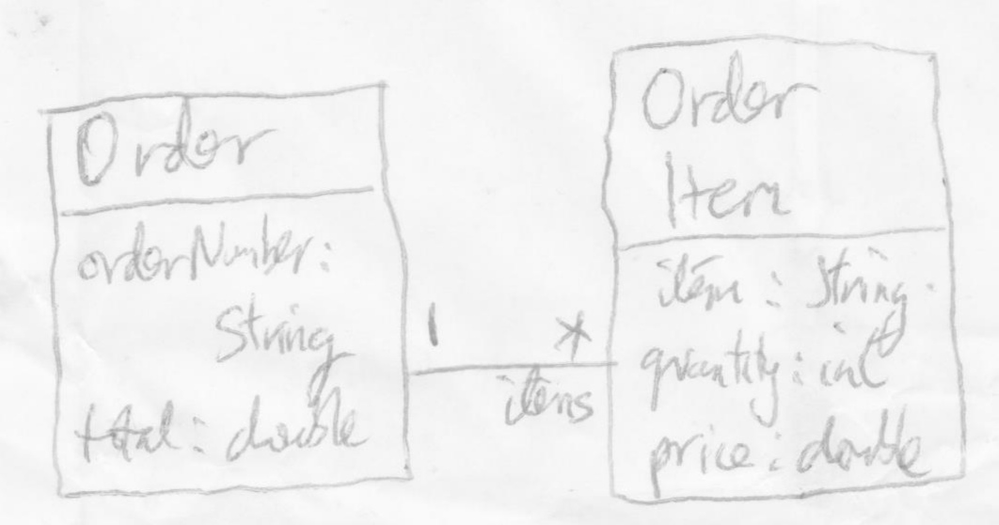
Diagram type: class_diagram
```plantuml
@startuml

class Order {
  orderNumber: String
  total: double
}

class OrderItem {
  item: String
  quantity: int
  price: double
}

Order "1" -- "items *" OrderItem

@enduml
```